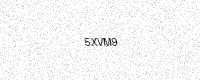
Text: 5XVM9